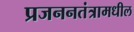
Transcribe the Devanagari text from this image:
प्रजननतंत्रामधील